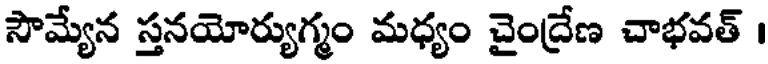
సౌమ్యేన స్తనయోర్యుగ్మం మధ్యం చైంద్రేణ చాభవత్ ।